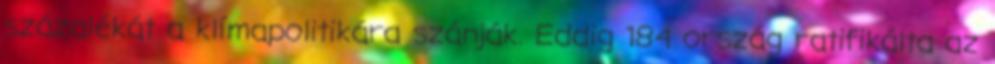
százalékát a klímapolitikára szánják. Eddig 184 ország ratifikálta az